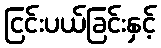
ငြင်းပယ်ခြင်းနှင့်